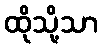
ထိုသို့သာ